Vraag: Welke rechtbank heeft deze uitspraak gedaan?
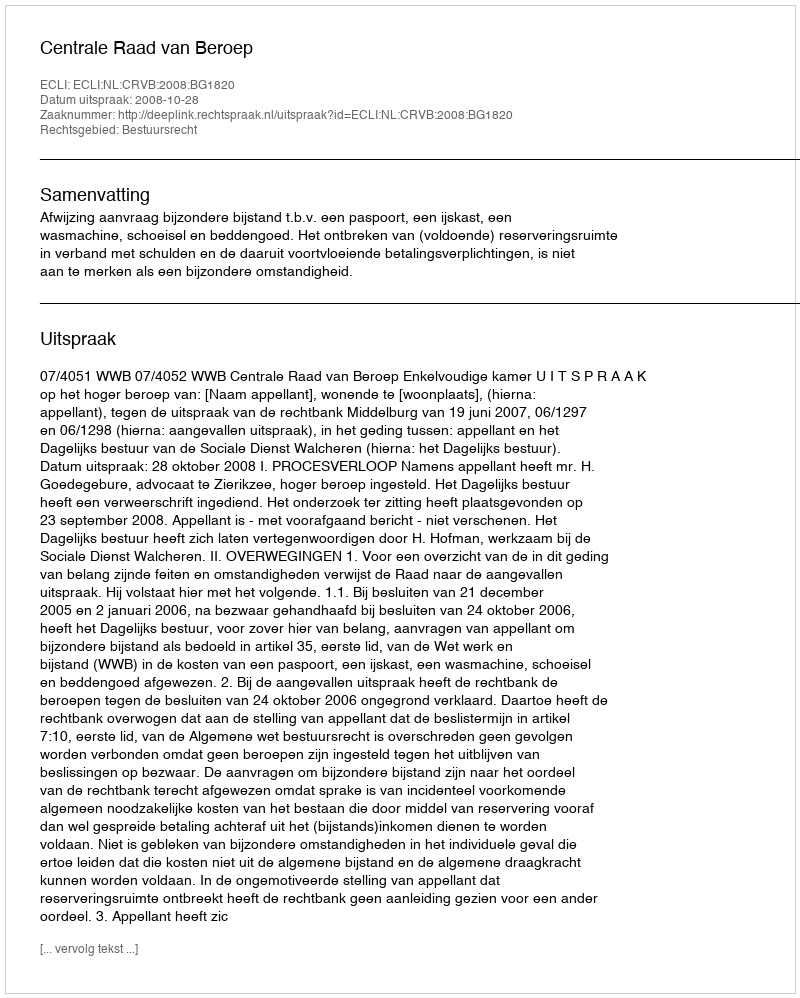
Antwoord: Centrale Raad van Beroep